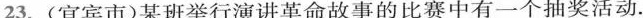
23.(宜宾市)某班举行演讲革命故事的比赛中有一个抽奖活动。